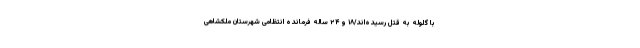
با گلوله به قتل رسیده‌اند/۱۸ و ۲۴ ساله فرمانده انتظامی شهرستان ملکشاهی